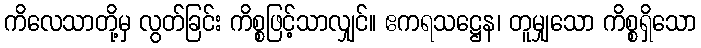
ကိလေသာတို့မှ လွတ်ခြင်း ကိစ္စဖြင့်သာလျှင်။ ဧကရသဋ္ဌေန၊ တူမျှသော ကိစ္စရှိသော